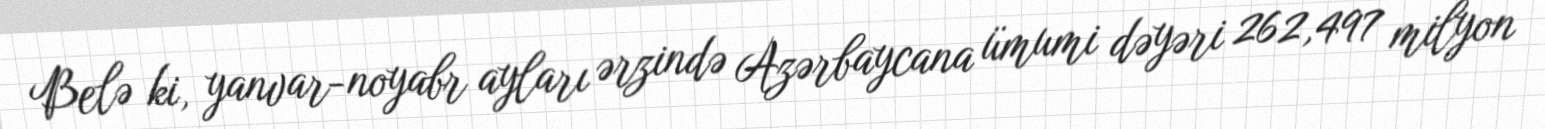
Belə ki, yanvar-noyabr ayları ərzində Azərbaycana ümumi dəyəri 262,497 milyon